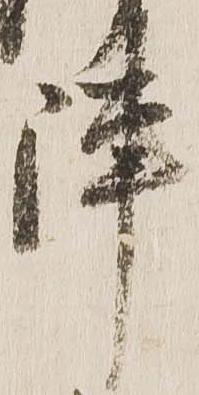
陣